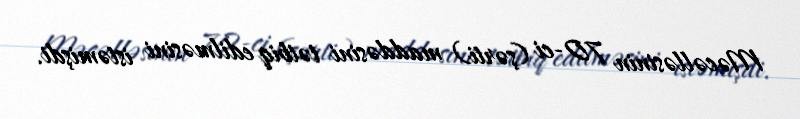
Məcəlləsinin 70-ci (şərti) maddəsini tətbiq edilməsini istəmişdi.